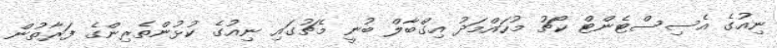
ނިއުގެ އެސިސްޓެންޓް ކޯޗު މުހައްމަދު އިގްބާލް ބުނީ މެޗުގައި ނިއުގެ ކުޅުންތެރިންގެ ފަރާތުން